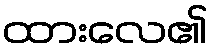
ထားလေ၏